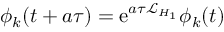
\phi _ { k } ( t + a \tau ) = \mathrm { e } ^ { a \tau \mathcal { L } _ { H _ { 1 } } } \phi _ { k } ( t )